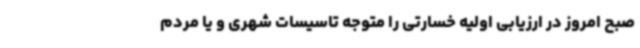
صبح امروز در ارزیابی اولیه خسارتی را متوجه تاسیسات شهری و یا مردم